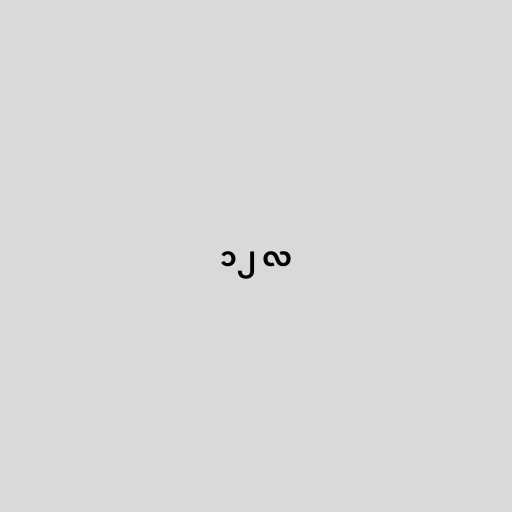
၁၂ လ